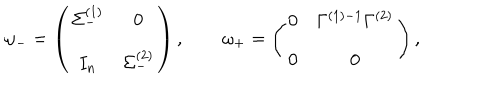
\omega _ { - } = \left( \begin{array} { c c } { { \Sigma _ { - } ^ { ( 1 ) } } } & { { 0 } } \\ { { I _ { n } } } & { { \Sigma _ { - } ^ { ( 2 ) } } } \\ \end{array} \right) , \qquad \omega _ { + } = \left( \begin{array} { c c } { { 0 } } & { { \Gamma ^ { ( 1 ) - 1 } \Gamma ^ { ( 2 ) } } } \\ { { 0 } } & { { 0 } } \\ \end{array} \right) ,